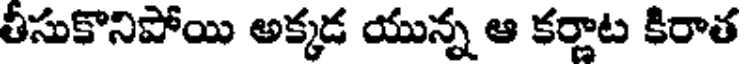
తీసుకొనిపోయి అక్కడ యున్న ఆ కర్ణాట కిరాత